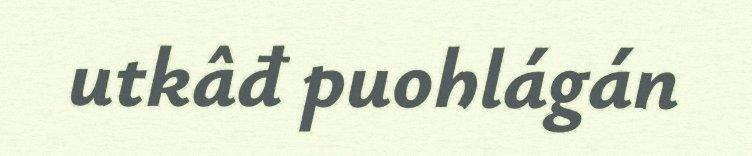
utkâđ puohlágán